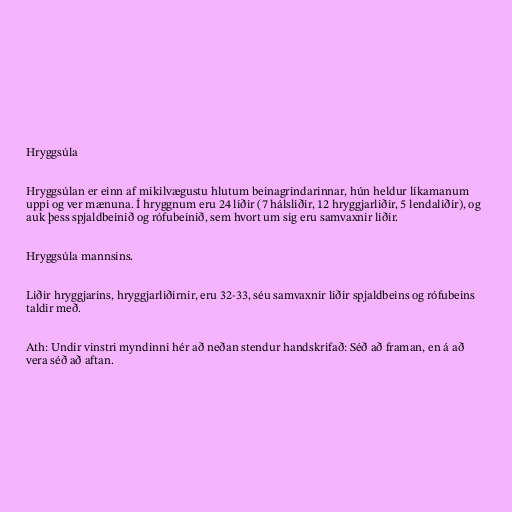
Hryggsúla

Hryggsúlan er einn af mikilvægustu hlutum beinagrindarinnar, hún heldur líkamanum
uppi og ver mænuna. Í hryggnum eru 24 liðir (7 hálsliðir, 12 hryggjarliðir, 5 lendaliðir), og
auk þess spjaldbeinið og rófubeinið, sem hvort um sig eru samvaxnir liðir.

Hryggsúla mannsins.

Liðir hryggjarins, hryggjarliðirnir, eru 32-33, séu samvaxnir liðir spjaldbeins og rófubeins
taldir með.

Ath: Undir vinstri myndinni hér að neðan stendur handskrifað: Séð að framan, en á að
vera séð að aftan.